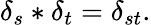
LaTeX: \delta_{s}*\delta_{t}=\delta_{st}.